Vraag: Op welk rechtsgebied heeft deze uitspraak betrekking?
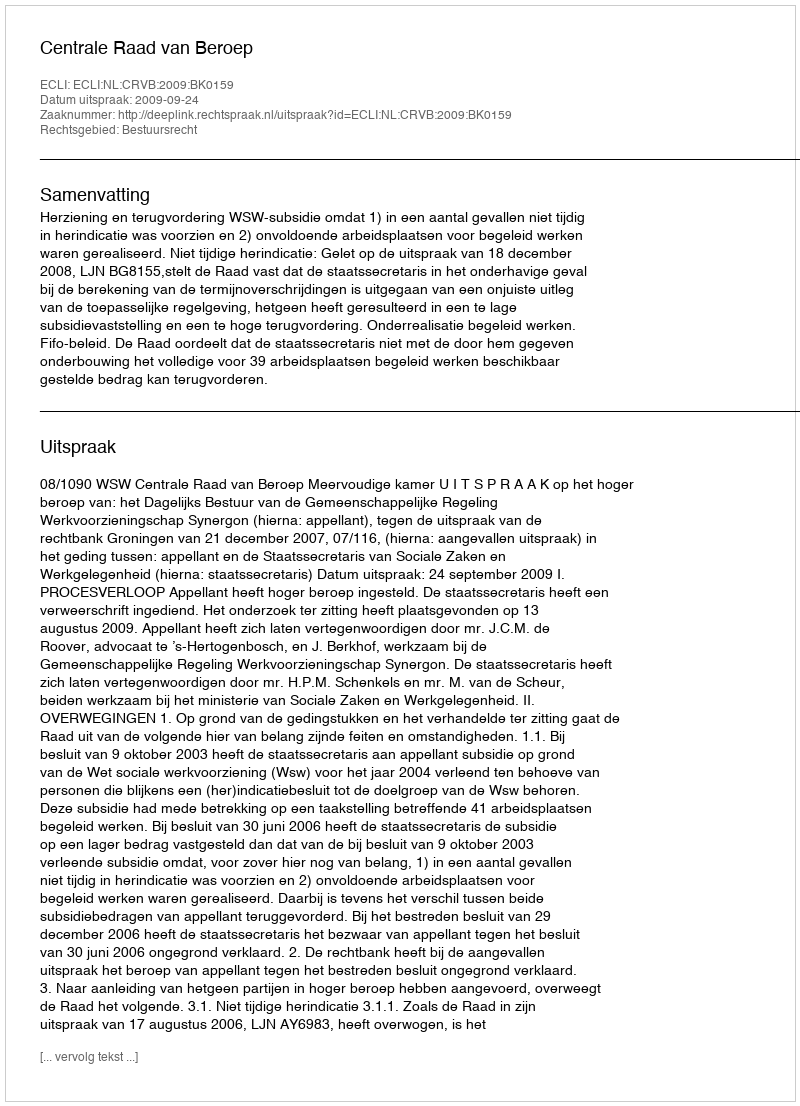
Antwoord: Bestuursrecht